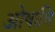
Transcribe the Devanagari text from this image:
ओषाधि